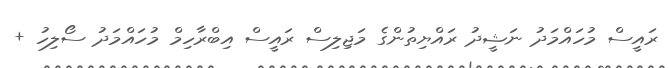
ރައީސް މުހައްމަދު ނަޝީދު ރައްޔިތުންގެ މަޖިލިސް ރައީސް އިބްރާހިމް މުހައްމަދު ސޯލިހު +